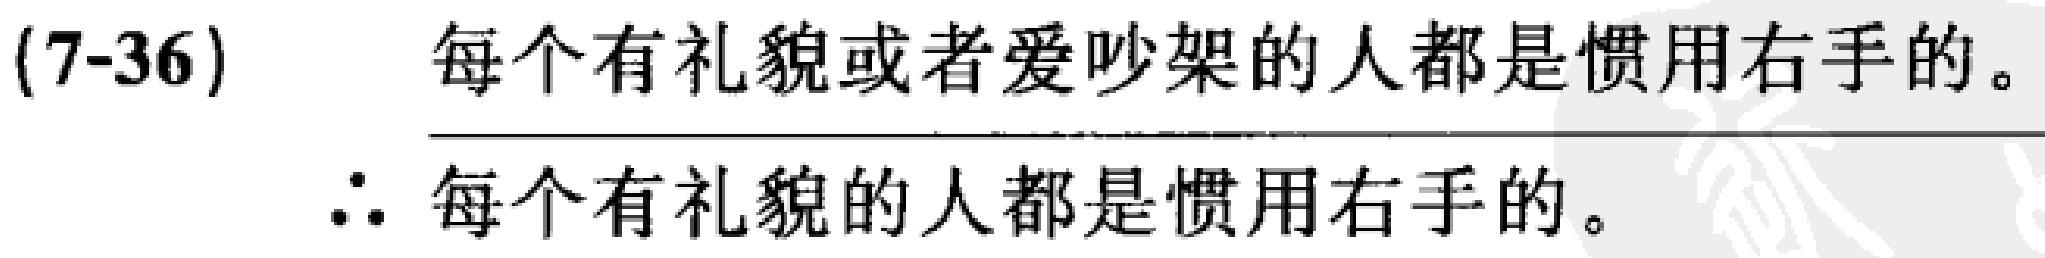
(7-36) 每个有礼貌或者爱吵架的人都是惯用右手的。\\
$\therefore$ 每个有礼貌的人都是惯用右手的。